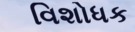
વિશોધક